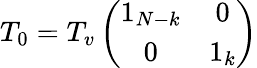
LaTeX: T_{0}=T_{v}\left(\begin{array}{cc}{{1_{N-k}}}&{{0}}\\ {{0}}&{{1_{k}}}\end{array}\right)